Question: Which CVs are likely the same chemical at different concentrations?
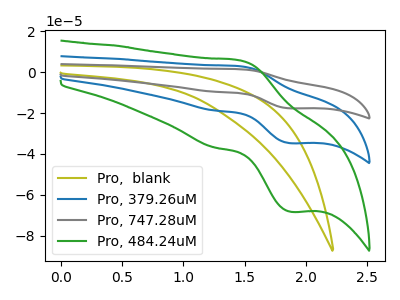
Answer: <think>The olive curve "Pro,  blank" has no peaks. The blue curve "Pro, 379.26uM" has an anodic peak at (1.45V, 3.00uA) and a cathodic peak at (1.85V, -34.75uA). The gray curve "Pro, 747.28uM" has an anodic peak at (1.45V, 6.00uA) and a cathodic peak at (1.85V, -69.50uA). The green curve "Pro, 484.24uM" has an anodic peak at (1.45V, 5.90uA) and a cathodic peak at (1.85V, -68.35uA).
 "Pro,  blank" and "Pro, 379.26uM" have a different number of peaks. "Pro,  blank" and "Pro, 747.28uM" have a different number of peaks. "Pro,  blank" and "Pro, 484.24uM" have a different number of peaks. All the peaks in "Pro, 379.26uM" have a peak in "Pro, 747.28uM" at the same potential. Every peak in "Pro, 379.26uM" is lower than every peak in "Pro, 747.28uM". All the peaks in "Pro, 379.26uM" have a peak in "Pro, 484.24uM" at the same potential. Every peak in "Pro, 379.26uM" is lower than every peak in "Pro, 484.24uM". All the peaks in "Pro, 747.28uM" have a peak in "Pro, 484.24uM" at the same potential. Every peak in "Pro, 747.28uM" is higher than every peak in "Pro, 484.24uM".</think>
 <answer>"Pro, 484.24uM", "Pro, 379.26uM" and "Pro, 747.28uM" have the same shape and are likely CV's of the same chemical.</answer>
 <eval>"Pro, 484.24uM" "Pro, 379.26uM" "Pro, 747.28uM"</eval>